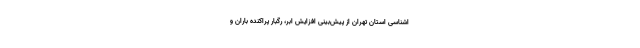
اشناسی استان تهران از پیش‌بینی افزایش ابر، رگبار پراکنده باران و